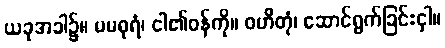
ယခုအခါ၌။ မမဓုရံ၊ ငါ၏ဝန်ကို။ ဝဟိတုံ၊ ဆောင်ရွက်ခြင်းငှါ။